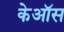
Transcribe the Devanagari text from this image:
केऑस